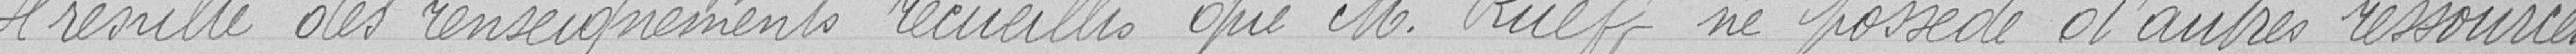
Il résulte des renseignements recueillis que M. Rueff ne possède d'autres ressources